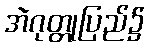
အဲဂုတ္တုပြည်၌